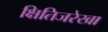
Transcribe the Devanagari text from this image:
क्षितिजरेखा